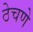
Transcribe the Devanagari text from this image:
ठेचणे